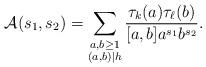
LaTeX: \begin{align*} \mathcal{A}(s_1,s_2) = \sum_{\substack{ a,b \ge 1 \\ (a,b) \mid h}} \frac{\tau_{k}(a) \tau_{\ell}(b)}{[a,b] a^{s_1} b^{s_2}}. \end{align*}